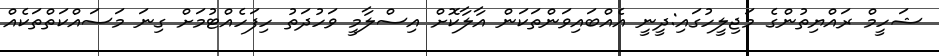
ޝަހީމް ރައްޔިތުންގެ މަޖިލީހުގައި:ދީނީ އެއްބައިވަންތަކަން އާލާކޮށް އިސްލާމީ ވަހުދަތު ހިފަހެއްޓުމަށް ގިނަ މަސައްކަތްތަކެއް